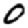
Digit: 0